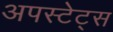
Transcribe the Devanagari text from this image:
अपस्टेट्स